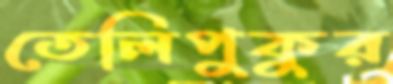
তেলিপুকুর